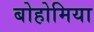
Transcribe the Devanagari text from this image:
बोहोमिया